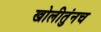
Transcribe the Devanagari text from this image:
खोलीतुंनच